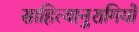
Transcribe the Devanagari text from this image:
साहित्यानुरागियों